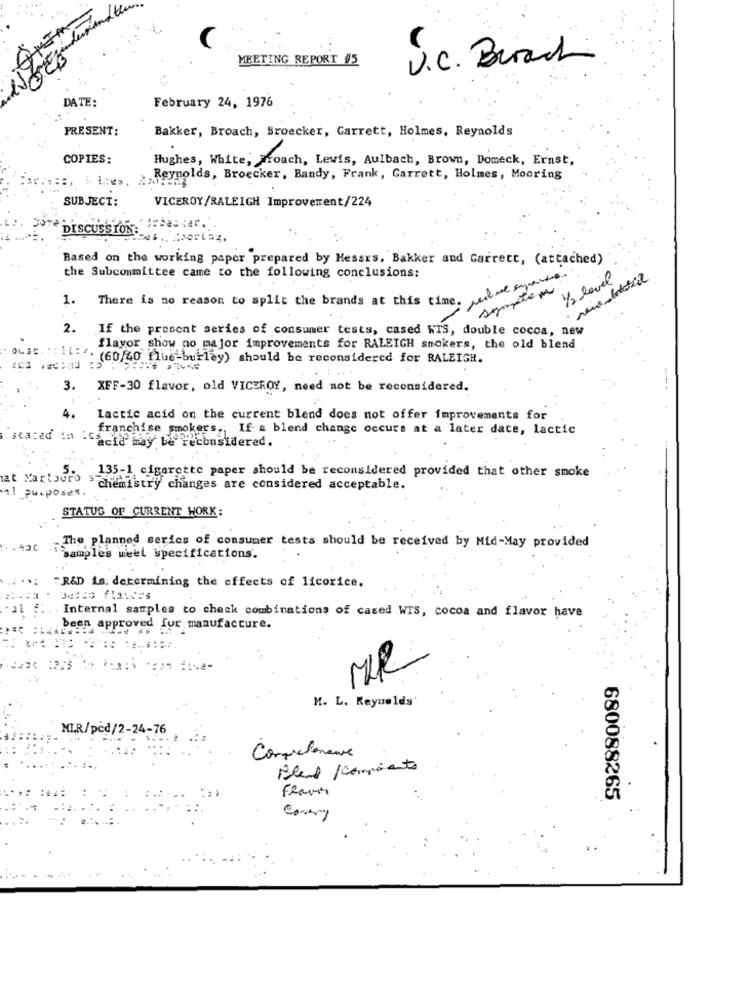
MEETING REPORT #5
U.c. Burachi
DATE:
February 24, 1976
PRESENT:
Bakker, Broach, Broecker, Garrett, Holmes, Reynolds
COPIES:
Hughes, White, Proach, Lewis, Aulbach, Brown, Domeck, Ernst,
Reynolds, Broecker, Bandy, Frank, Garrett, Holmes, Mooring
SUBJECT:
VICEROY/RALEIGH Improvement/224
DISCUSSION.""Descer."
Based on the working paper prepared by Messrs. Bakker and Garrett, (attached)
the Subcommittee came to the following conclusions:
1/2 level
symptoms
1.
There is no reason to split the brands at this time.
2. If the present series of consumer tests, cased WTS, double cocoa, new
flavor show no major improvements for RALEIGH smokers, the old blend
oLac. : IL. (6040 lue burley) should be reconsidered for RALEIGH.
3. XFF-30 flavor, old VICEROY, need not be reconsidered.
4.
Lactic acid on the current blend does not offer improvements for
franchise smokers ., If a blend change occurs at a later date, lactic
stated in .cacia may be reconsidered.
at Martouro
135-1 cigarette paper should be reconsidered provided that other smoke
Purposes
chemistry changes are considered acceptable.
STATUS OF CURRENT WORK:
The planned series of consumer tests should be received by Mid-May provided
samples weet specifications.
" R&D is: determining the effects of licorice.
Internal samples to check combinations of cased WIS, cocoa and flavor have
been approved for manufacture.
MR
K. L. Reynolds'
MIR/pcd/2-24-76
Comprehensive
Blend /camiento
680088265